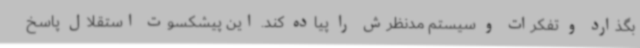
بگذارد و تفکرات و سیستم مدنظرش را پیاده کند. این پیشکسوت استقلال پاسخ